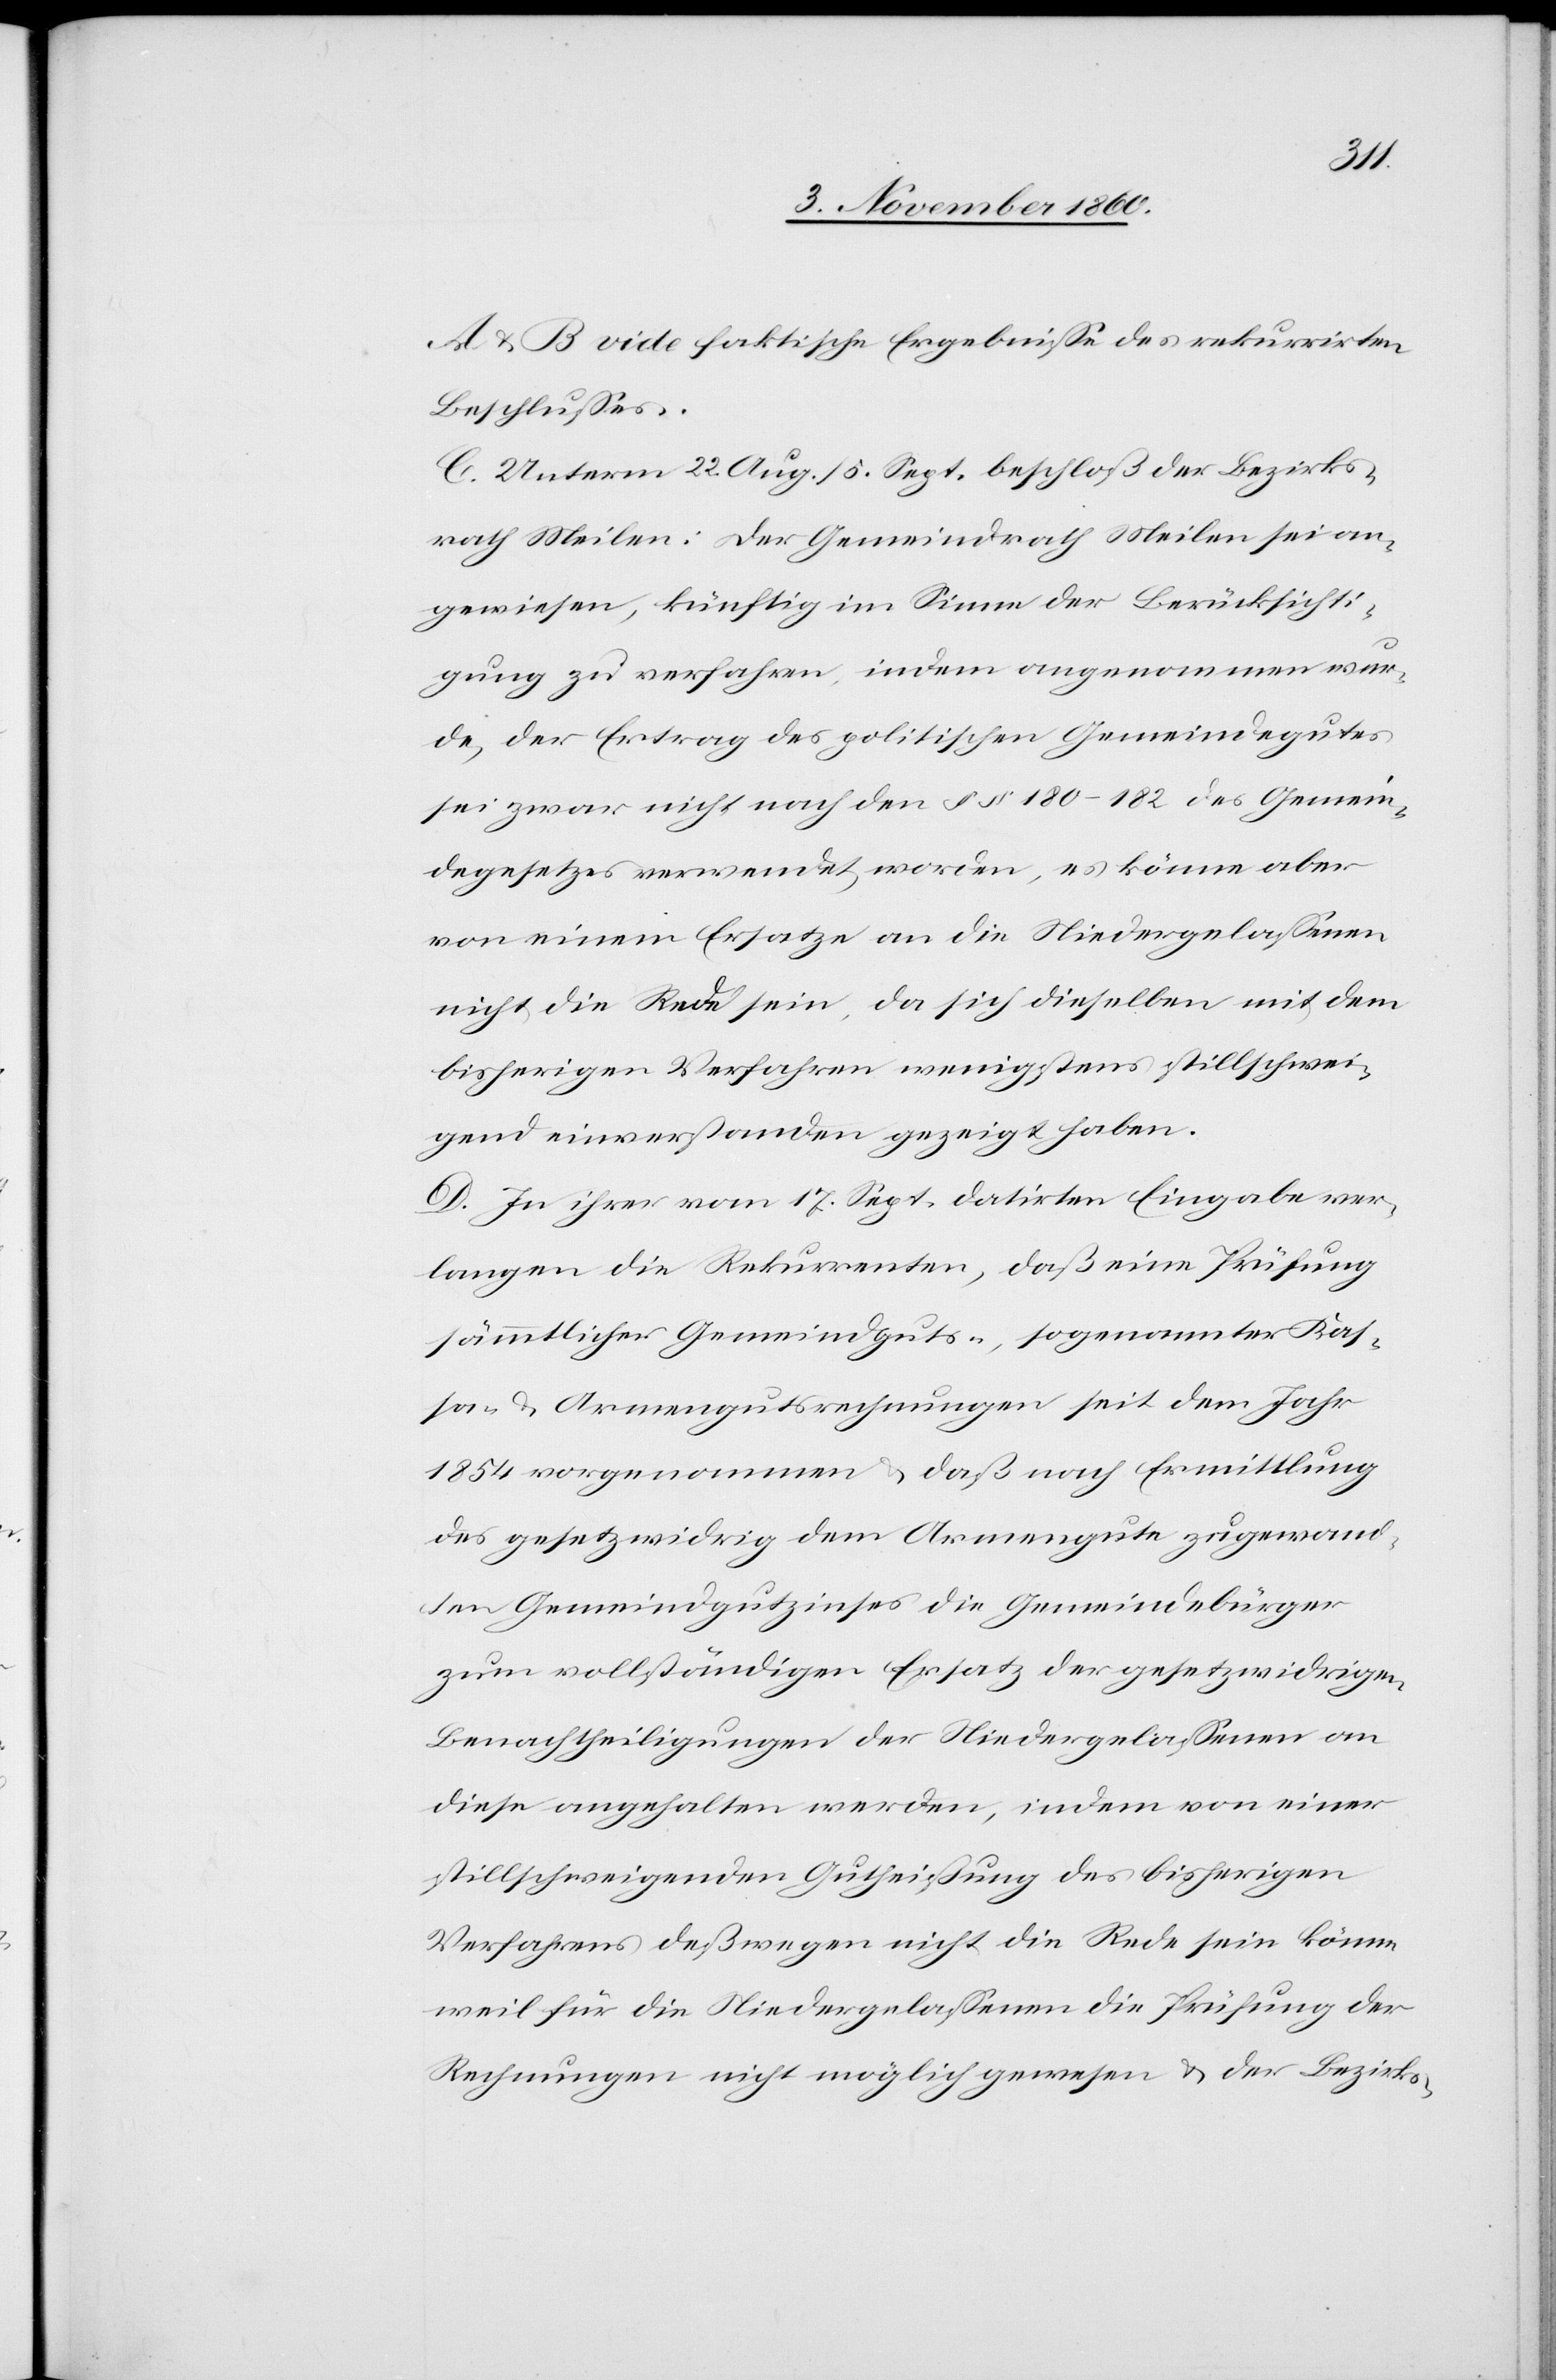
A u. B vide faktische Ergebnisse des rekurrirten
Beschlusses.
C. Unterm 22. Aug. / 5. Sept. beschloß der Bezirks¬
rath Meilen: Der Gemeindrath Meilen sei an¬
gewiesen, künftig im Sinne der Berücksichti¬
gung zu verfahren, indem angenommen wur¬
de, der Ertrag des politischen Gemeindegutes
sei zwar nicht nach den §§ 180–182 des Gemein¬
degesetzes verwendet worden, es könne aber
von einem Ersatze an die Niedergelassenen
nicht die Rede sein, da sich dieselben mit dem
bisherigen Verfahren wenigstens stillschwei¬
gend einverstanden gezeigt haben.
D. In ihrer vom 17. Sept. datirten Eingabe ver¬
langen die Rekurrenten, daß eine Prüfung
sämmtlicher Gemeindguts-, sogenannter Kas¬
sa- u. Armengutsrechnungen seit dem Jahr
1854 vorgenommenen u. daß nach Ermittlung
des gesetzwidrig dem Armengute zugewand¬
ten Gemeindgutzinses die Gemeindebürger
zum vollständigen Ersatz der gesetzwidrigen
Benachtheiligungen der Niedergelassenen an
diese angehalten werden, indem von einer
stillschweigenden Gutheißung des bisherigen
Verfahrens deßwegen nicht die Rede sein könne
weil für die Niedergelassenen die Prüfung der
Rechnung nicht möglich gewesen u. der Bezirks-